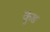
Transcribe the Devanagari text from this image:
कुंङ